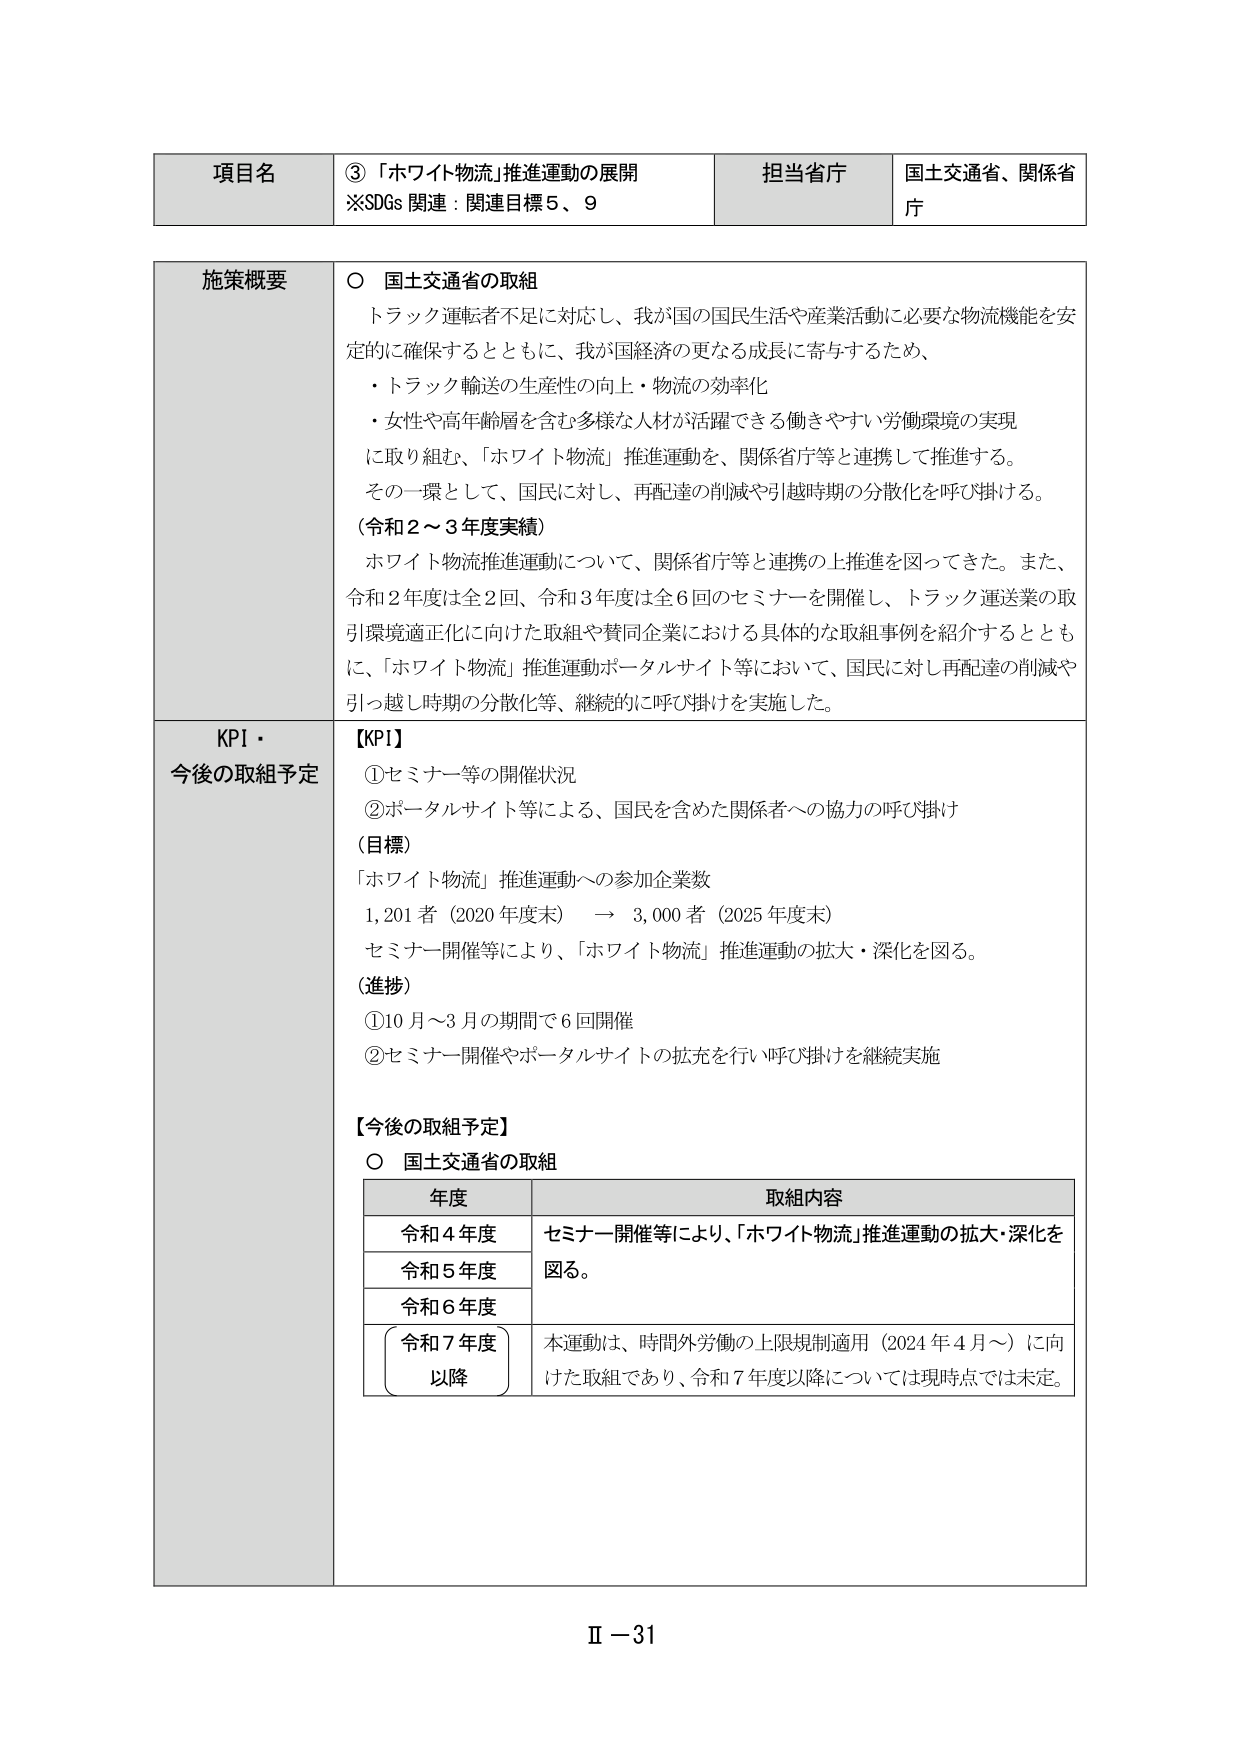
項目名　③「ホワイト物流」推進運動の展開
※SDGs 関連：関連目標５、９

担当省庁　国土交通省、関係省庁

施策概要
○ 国土交通省の取組
トラック運転者不足に対応し、我が国の国民生活や産業活動に必要な物流機能を安定的に確保するとともに、我が国経済の更なる成長に寄与するため、
・トラック輸送の生産性の向上・物流の効率化
・女性や高年齢層を含む多様な人材が活躍できる働きやすい労働環境の実現
に取り組む、「ホワイト物流」推進運動を、関係省庁等と連携して推進する。
その一環として、国民に対し、再配達の削減や引越時期の分散化を呼び掛ける。

（令和２～３年度実績）
ホワイト物流推進運動について、関係省庁等と連携の上推進を図ってきた。また、令和２年度は全２回、令和３年度は全６回のセミナーを開催し、トラック運送業の取引環境適正化に向けた取組や賛同企業における具体的な取組事例を紹介するとともに、「ホワイト物流」推進運動ポータルサイト等において、国民に対し再配達の削減や引越時期の分散化等、継続的に呼び掛けを実施した。

KPI・今後の取組予定
【KPI】
①セミナー等の開催状況
②ポータルサイト等による、国民を含めた関係者への協力の呼び掛け

（目標）
「ホワイト物流」推進運動への参加企業数
1,201者（2020年度末） → 3,000者（2025年度末）
セミナー開催等により、「ホワイト物流」推進運動の拡大・深化を図る。

（進捗）
①10月～3月の期間で6回開催
②セミナー開催やポータルサイトの拡充を行い呼び掛けを継続実施

【今後の取組予定】
○ 国土交通省の取組

年度　　　　　　　取組内容
令和４年度　　　セミナー開催等により、「ホワイト物流」推進運動の拡大・深化を
令和５年度　　　図る。
令和６年度
令和７年度　　　本運動は、時間外労働の上限規制適用（2024年４月～）に向けた取組であり、令和７年度以降については現時点では未定。
以降

Ⅱ－31